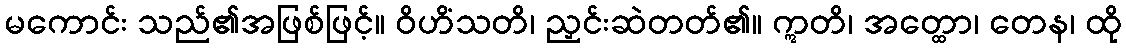
မကောင်း သည်၏အဖြစ်ဖြင့်။ ဝိဟိံသတိ၊ ညှင်းဆဲတတ်၏။ ဣတိ၊ အတ္ထော၊ တေန၊ ထို